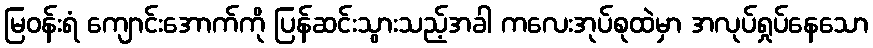
မြဝန်းရံ ကျောင်းအောက်ကို ပြန်ဆင်းသွားသည့်အခါ ကလေးအုပ်စုထဲမှာ အလုပ်ရှုပ်နေသော